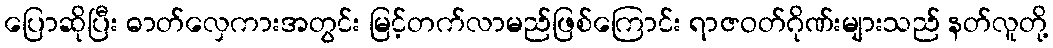
ပြောဆိုပြီး ဓာတ်လှေကားအတွင်း မြင့်တက်လာမည်ဖြစ်ကြောင်း ရာဇဝတ်ဂိုဏ်းများသည် နတ်လူတို့